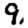
Digit: 9